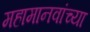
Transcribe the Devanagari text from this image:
महामानवांच्या